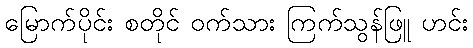
မြောက်ပိုင်း စတိုင် ဝက်သား ကြက်သွန်ဖြူ ဟင်း